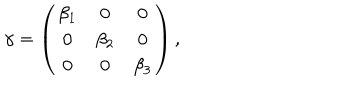
LaTeX: \gamma = \left( \begin{array} { c c c } { { \beta _ { 1 } } } & { { 0 } } & { { 0 } } \\ { { 0 } } & { { \beta _ { 2 } } } & { { 0 } } \\ { { 0 } } & { { 0 } } & { { \beta _ { 3 } } } \\ \end{array} \right) ,